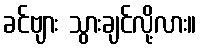
ခင်ဗျား သွားချင်လို့လား။